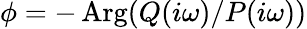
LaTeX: \phi=-\operatorname{Arg}(Q(i\omega)/P(i\omega))